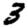
Digit: 3